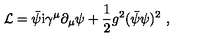
{ \cal L } = \bar { \psi } \mathrm { i } \gamma ^ { \mu } \partial _ { \mu } \psi + \frac { 1 } { 2 } g ^ { 2 } ( \bar { \psi } \psi ) ^ { 2 } \ ,